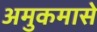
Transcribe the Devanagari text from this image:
अमुकमासे